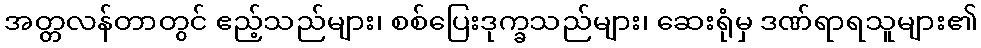
အတ္တလန်တာတွင် ဧည့်သည်များ၊ စစ်ပြေးဒုက္ခသည်များ၊ ဆေးရုံမှ ဒဏ်ရာရသူများ၏